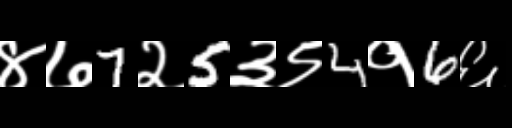
Text: ४७7२5३९4१6६